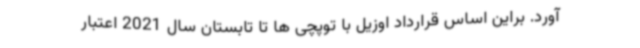
آورد. براین اساس قرارداد اوزیل با توپچی ها تا تابستان سال 2021 اعتبار